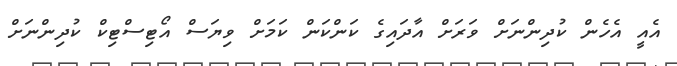
އެއީ އެހެން ކުދިންނަށް ވަރަށް އާދައިގެ ކަންކަން ކަމަށް ވިޔަސް އޯޓިސްޓިކް ކުދިންނަށް